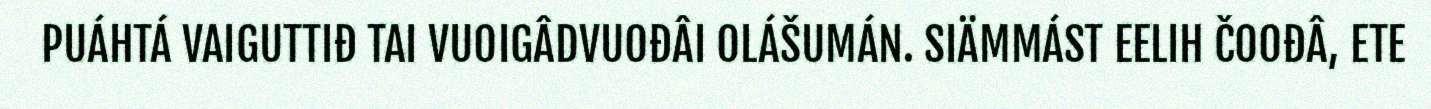
PUÁHTÁ VAIGUTTIĐ TAI VUOIGÂDVUOĐÂI OLÁŠUMÁN. SIÄMMÁST EELIH ČOOĐÂ, ETE